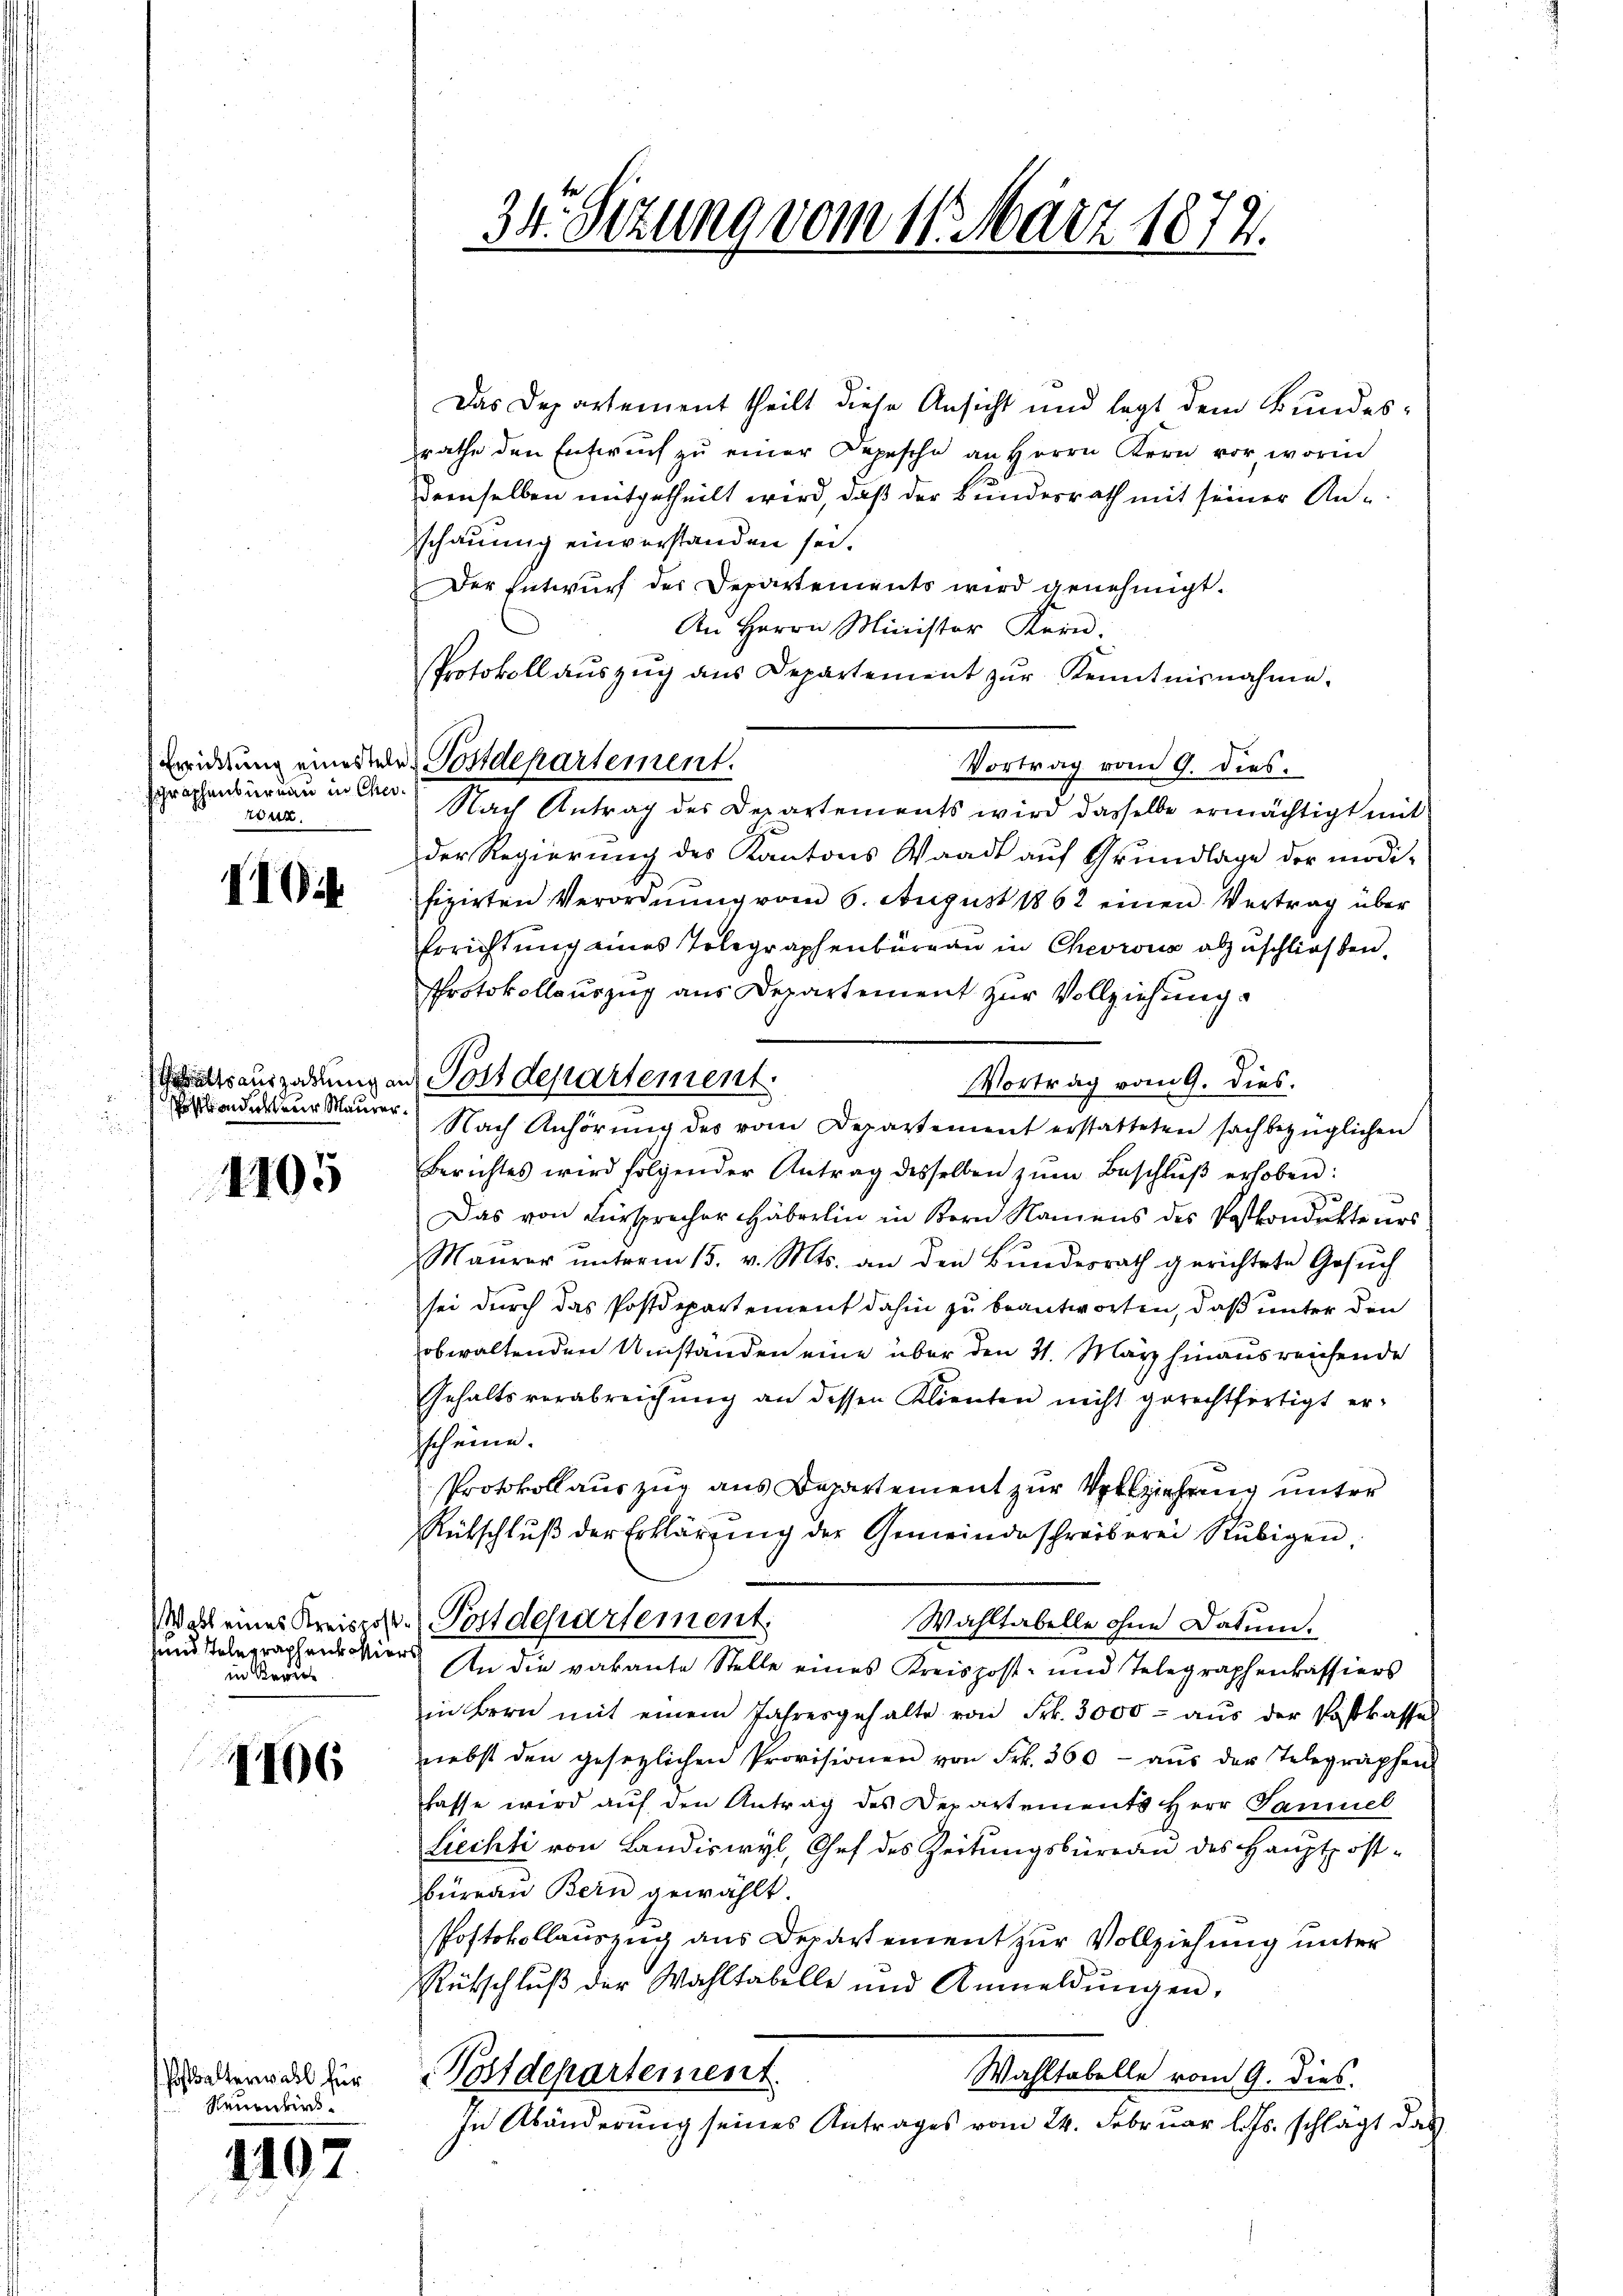
graphenbüreau in Cherun

1

i

ition der zur Maurer.

1105

und Telegraphens hier
in Regie

1106

Pfalterwahl für
Reunder

1407

34. Sizung vom 11. März 1872.

Das Departement theilt diese Ansicht und legt dem Bundesrathe den Entwurf zŭ einer Depesche an Herrn Kern vor worin
Demselben mitgetheilt wird, daß der Bundesrath mit seiner Anschauung einverstanden sei.
Der Entwurf der Departements wird genehmigt.
An Herrn Minister Kern:
Protokoll auszug aus Departement zur Kenntnisnahme.
Vortrag vom 9. dies
Nach Antrag des Departements wird dasselbe ermächtigt mit
der Regierung des Kantons Waadt aŭf Grŭndlage der modi-
fizirten Verordnŭng vom 6. August 1862 einen Vertrag über
Errichtung eines Telegraphenbüreau in Chevrons abzuschließen.
Protokollauszug aus Departement zur Vollziehung
Gatsauszahlung an Postdepartement.
Vortrag vom 9. dies.
Nach Anhörung des vom Departement erstatteten sachbezüglichen
Berichtes wird folgender Antrag desselben zŭm Beschlŭβ erhoben:
Das von Fürsprecher Häberlin in Bern Namens des Postkondukteurs
Maurer ŭnterm 15. v. Mts. an den Bŭndesrath gerichtete Gesŭch
sei durch das Postdepartement dahin zu beantworten, daß unter den
obwaltenden Umstanden eine über den 31. März hinausreichende
Gehaltsverabreichung an dessen Klienten nicht gerechtfertigt erscheine.
Protokollauszug aus Departement zur Vollziehung unter
Rütschlŭβ der Erklärung der Gemeindeschreiberei Rubigen.
dass eines Kreispost. Postdepartement,
Wahltabelle ohne Datum.
An die vakante Stelle eines Kreispost- und Telegraphenkassiers
in Bern mit einem Jahresgehalte von Frk. 3000 aŭs der Postkasses
nebst den gesezlichen Provisionen von Frk. 360 - aŭs der Telegraphen
lasse wird auf den Antrag des Departements Herr Paniel
Liechti von Landiswyl, Chef des Zeitungsbüreau des Hauptpost-
büreau Bern gewählt.
Postokollauszug aus Departement zur Vollziehung unter
Rütschlŭβ der Wahltabelle und Anmeldŭngen.
Postdepartement.
Wahltabelle vom 9. dies.
In Abänderung seines Antrages vom 24. Februar l. Js. schlagt das

Eredung eines des Postdepartement.